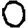
Digit: 0